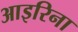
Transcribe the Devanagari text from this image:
आइरिना